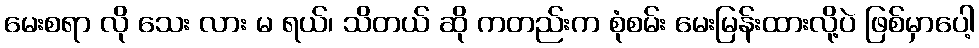
မေးစရာ လို သေး လား မ ရယ်၊ သိတယ် ဆို ကတည်းက စုံစမ်း မေးမြန်းထားလို့ပဲ ဖြစ်မှာပေါ့